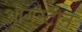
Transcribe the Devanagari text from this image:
औगस्टीन